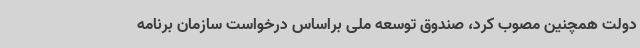
دولت همچنین مصوب کرد، ‌صندوق توسعه ملی براساس درخواست سازمان برنامه